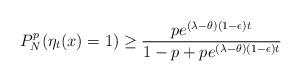
LaTeX: \begin{align*}P_N^p(\eta_t(x)=1)\geq\frac{pe^{(\lambda-\theta)(1-\epsilon)t}}{1-p+pe^{(\lambda-\theta)(1-\epsilon)t}}\end{align*}